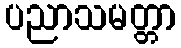
ပညာသမတ္တာ